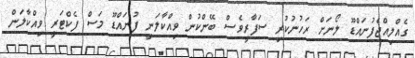
ގެއްލިއްޖެފުނައްޑޫ ލޯނަށް ރަހުނުކުރި ސަފާރީވެސް ބޭންކުން ވިއްކާލަނީ ފުނައްޑޫ މަސް ފެކްޓަރީ ވިއްކާލަން